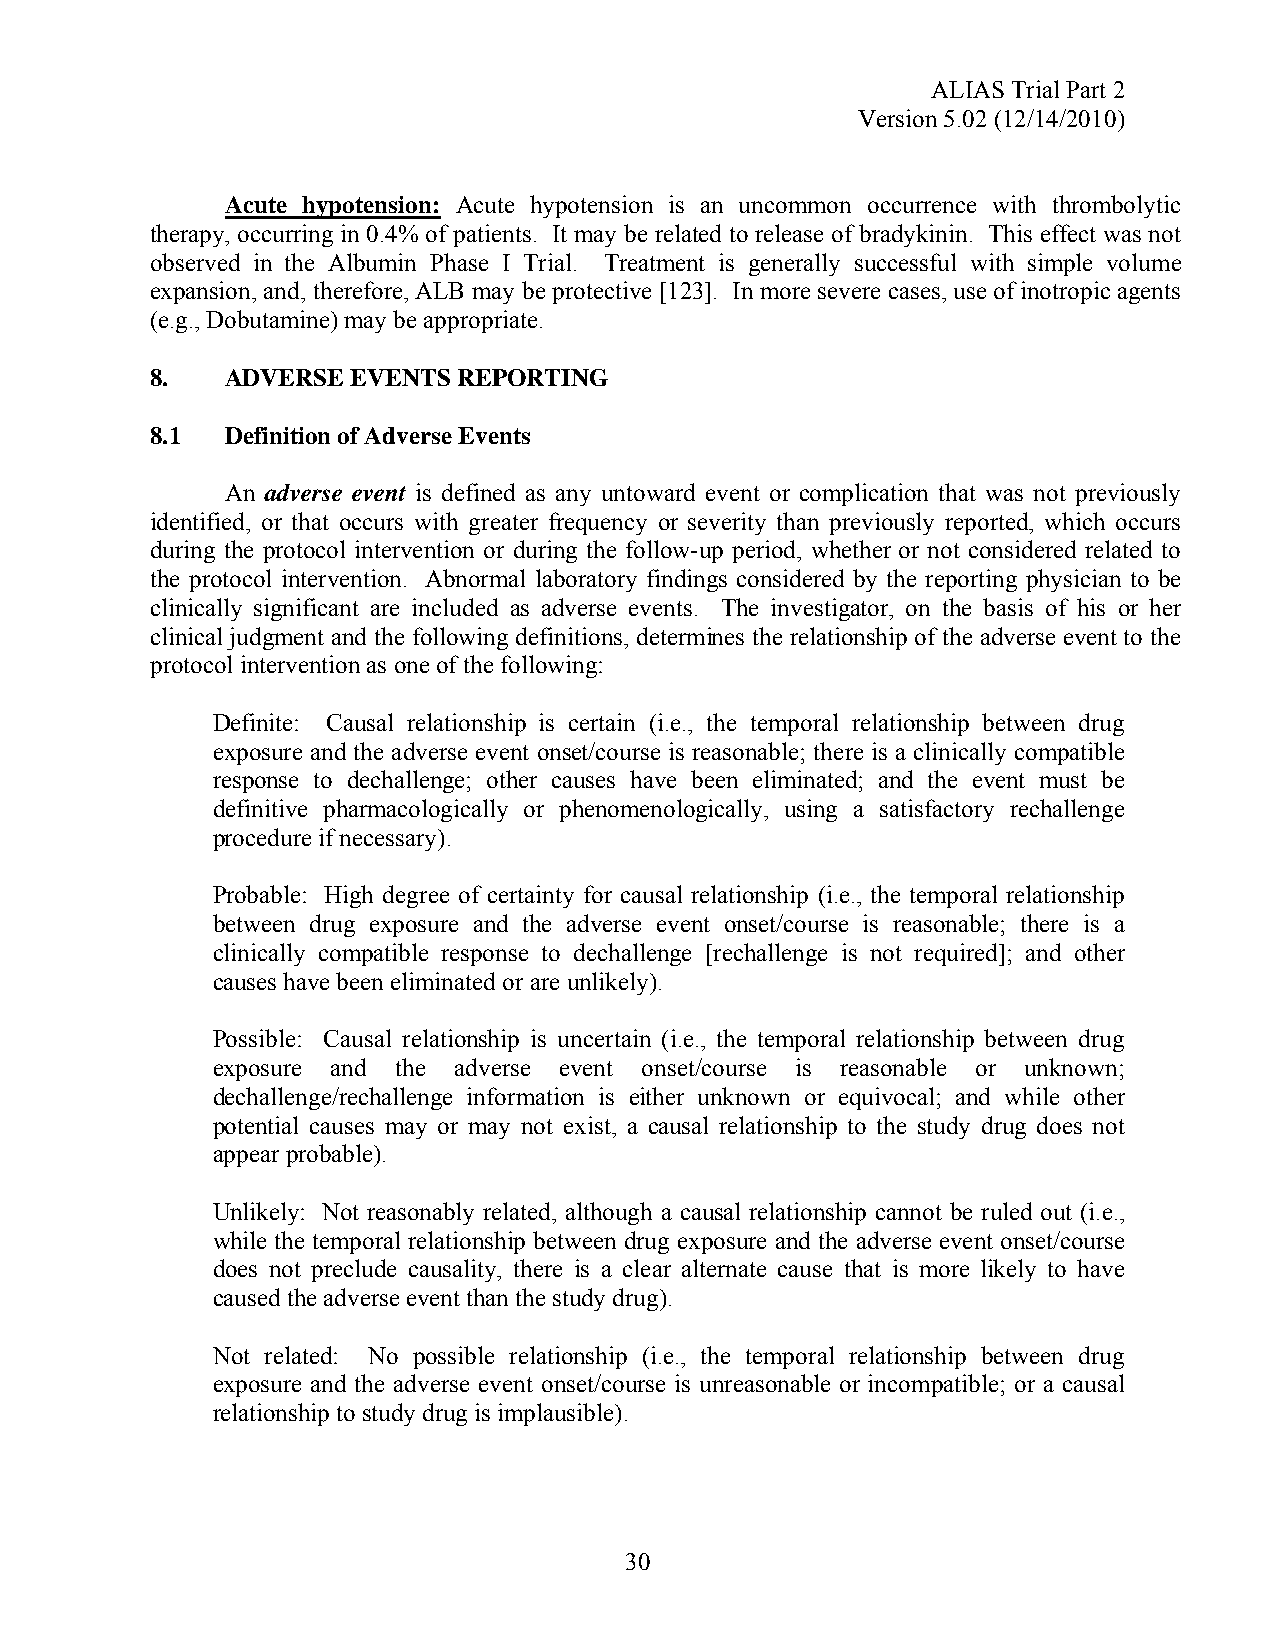
ALIAS Trial Part 2
 Version 5.02 (12/14/2010)
 Acute hypotension: Acute hypotension is an uncommon occurrence with thrombolytic
 therapy, occurring in 0.4% of patients. It may be related to release of bradykinin. This effect was not
 observed in the Albumin Phase I Trial. Treatment is generally successful with simple volume
 expansion, and, therefore, ALB may be protective [123]. In more severe cases, use of inotropic agents
 (e.g., Dobutamine) may be appropriate.
 8.   ADVERSE EVENTS REPORTING
 8.1  Definition of Adverse Events
 An adverse event is defined as any untoward event or complication that was not previously
 identified, or that occurs with greater frequency or severity than previously reported, which occurs
 during the protocol intervention or during the follow-up period, whether or not considered related to
 the protocol intervention. Abnormal laboratory findings considered by the reporting physician to be
 clinically significant are included as adverse events. The investigator, on the basis of his or her
 clinical judgment and the following definitions, determines the relationship of the adverse event to the
 protocol intervention as one of the following:
 Definite: Causal relationship is certain (i.e., the temporal relationship between drug
 exposure and the adverse event onset/course is reasonable; there is a clinically compatible
 response to dechallenge; other causes have been eliminated; and the event must be
 definitive pharmacologically or phenomenologically, using a satisfactory rechallenge
 procedure if necessary).
 Probable: High degree of certainty for causal relationship (i.e., the temporal relationship
 between drug exposure and the adverse event onset/course is reasonable; there is a
 clinically compatible response to dechallenge [rechallenge is not required]; and other
 causes have been eliminated or are unlikely).
 Possible: Causal relationship is uncertain (i.e., the temporal relationship between drug
 exposure and the adverse event onset/course is reasonable or unknown;
 dechallenge/rechallenge information is either unknown or equivocal; and while other
 potential causes may or may not exist, a causal relationship to the study drug does not
 appear probable).
 Unlikely: Not reasonably related, although a causal relationship cannot be ruled out (i.e.,
 while the temporal relationship between drug exposure and the adverse event onset/course
 does not preclude causality, there is a clear alternate cause that is more likely to have
 caused the adverse event than the study drug).
 Not related: No possible relationship (i.e., the temporal relationship between drug
 exposure and the adverse event onset/course is unreasonable or incompatible; or a causal
 relationship to study drug is implausible).
 30